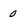
Character: 0